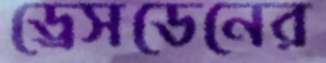
ড্রেসডেনের